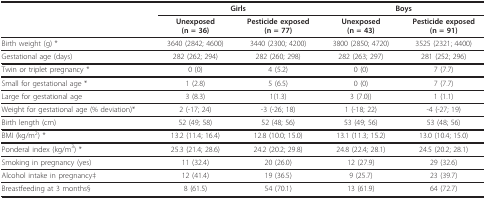
<table><thead><tr><td></td><td colspan="2"><b>Girls</b></td><td colspan="2"><b>Boys</b></td></tr><tr><td></td><td><b>Unexposed(n = 36)</b></td><td><b>Pesticide exposed(n = 77)</b></td><td><b>Unexposed(n = 43)</b></td><td><b>Pesticide exposed(n = 91)</b></td></tr></thead><tbody><tr><td>Birth weight (g) *</td><td>3640 (2842; 4600)</td><td>3440 (2300; 4200)</td><td>3800 (2850; 4720)</td><td>3525 (2321; 4400)</td></tr><tr><td>Gestational age (days)</td><td>282 (262; 294)</td><td>282 (260; 298)</td><td>282 (263; 297)</td><td>281 (252; 296)</td></tr><tr><td>Twin or triplet pregnancy *</td><td>0 (0)</td><td>4 (5.2)</td><td>0 (0)</td><td>7 (7.7)</td></tr><tr><td>Small for gestational age *</td><td>1 (2.8)</td><td>5 (6.5)</td><td>0 (0)</td><td>7 (7.7)</td></tr><tr><td>Large for gestational age</td><td>3 (8.3)</td><td>1(1.3)</td><td>3 (7.0))</td><td>1 (1.1)</td></tr><tr><td>Weight for gestational age (% deviation)*</td><td>2(-17; 24)</td><td>-3(-26; 18)</td><td>1(-18; 22)</td><td>-4(-27; 19)</td></tr><tr><td>Birth length (cm)</td><td>52(49; 58)</td><td>52(48; 56)</td><td>53(49; 56)</td><td>53(48; 56)</td></tr><tr><td>BMI (kg/m<sup>2</sup>) *</td><td>13.2(11.4; 16.4)</td><td>12.8(10.0; 15.0)</td><td>13.1(11.3; 15.2)</td><td>13.0(10.4; 15.0)</td></tr><tr><td>Ponderal index (kg/m<sup>3</sup>) *</td><td>25.3(21.4; 28.6)</td><td>24.2(20.2; 29.8)</td><td>24.8(22.4; 28.1)</td><td>24.5(20.2; 28.1)</td></tr><tr><td>Smoking in pregnancy (yes)</td><td>11 (32.4)</td><td>20 (26.0)</td><td>12 (27.9)</td><td>29 (32.6)</td></tr><tr><td>Alcohol intake in pregnancy‡</td><td>12 (41.4)</td><td>19 (36.5)</td><td>9 (25.7)</td><td>23 (39.7)</td></tr><tr><td>Breastfeeding at 3 months§</td><td>8(61.5)</td><td>54 (70.1)</td><td>13 (61.9)</td><td>64 (72.7)</td></tr></tbody></table>